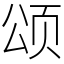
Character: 颂